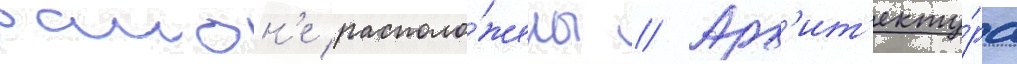
раион'е располо́жены // Арх'ит'екту́ра